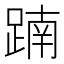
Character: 𨂾